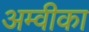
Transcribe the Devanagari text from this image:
अम्वीका